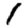
Digit: 1